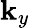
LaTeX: \mathbf{k}_{y}